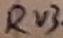
Text: RV3